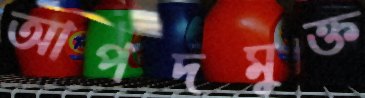
আপদমুক্ত